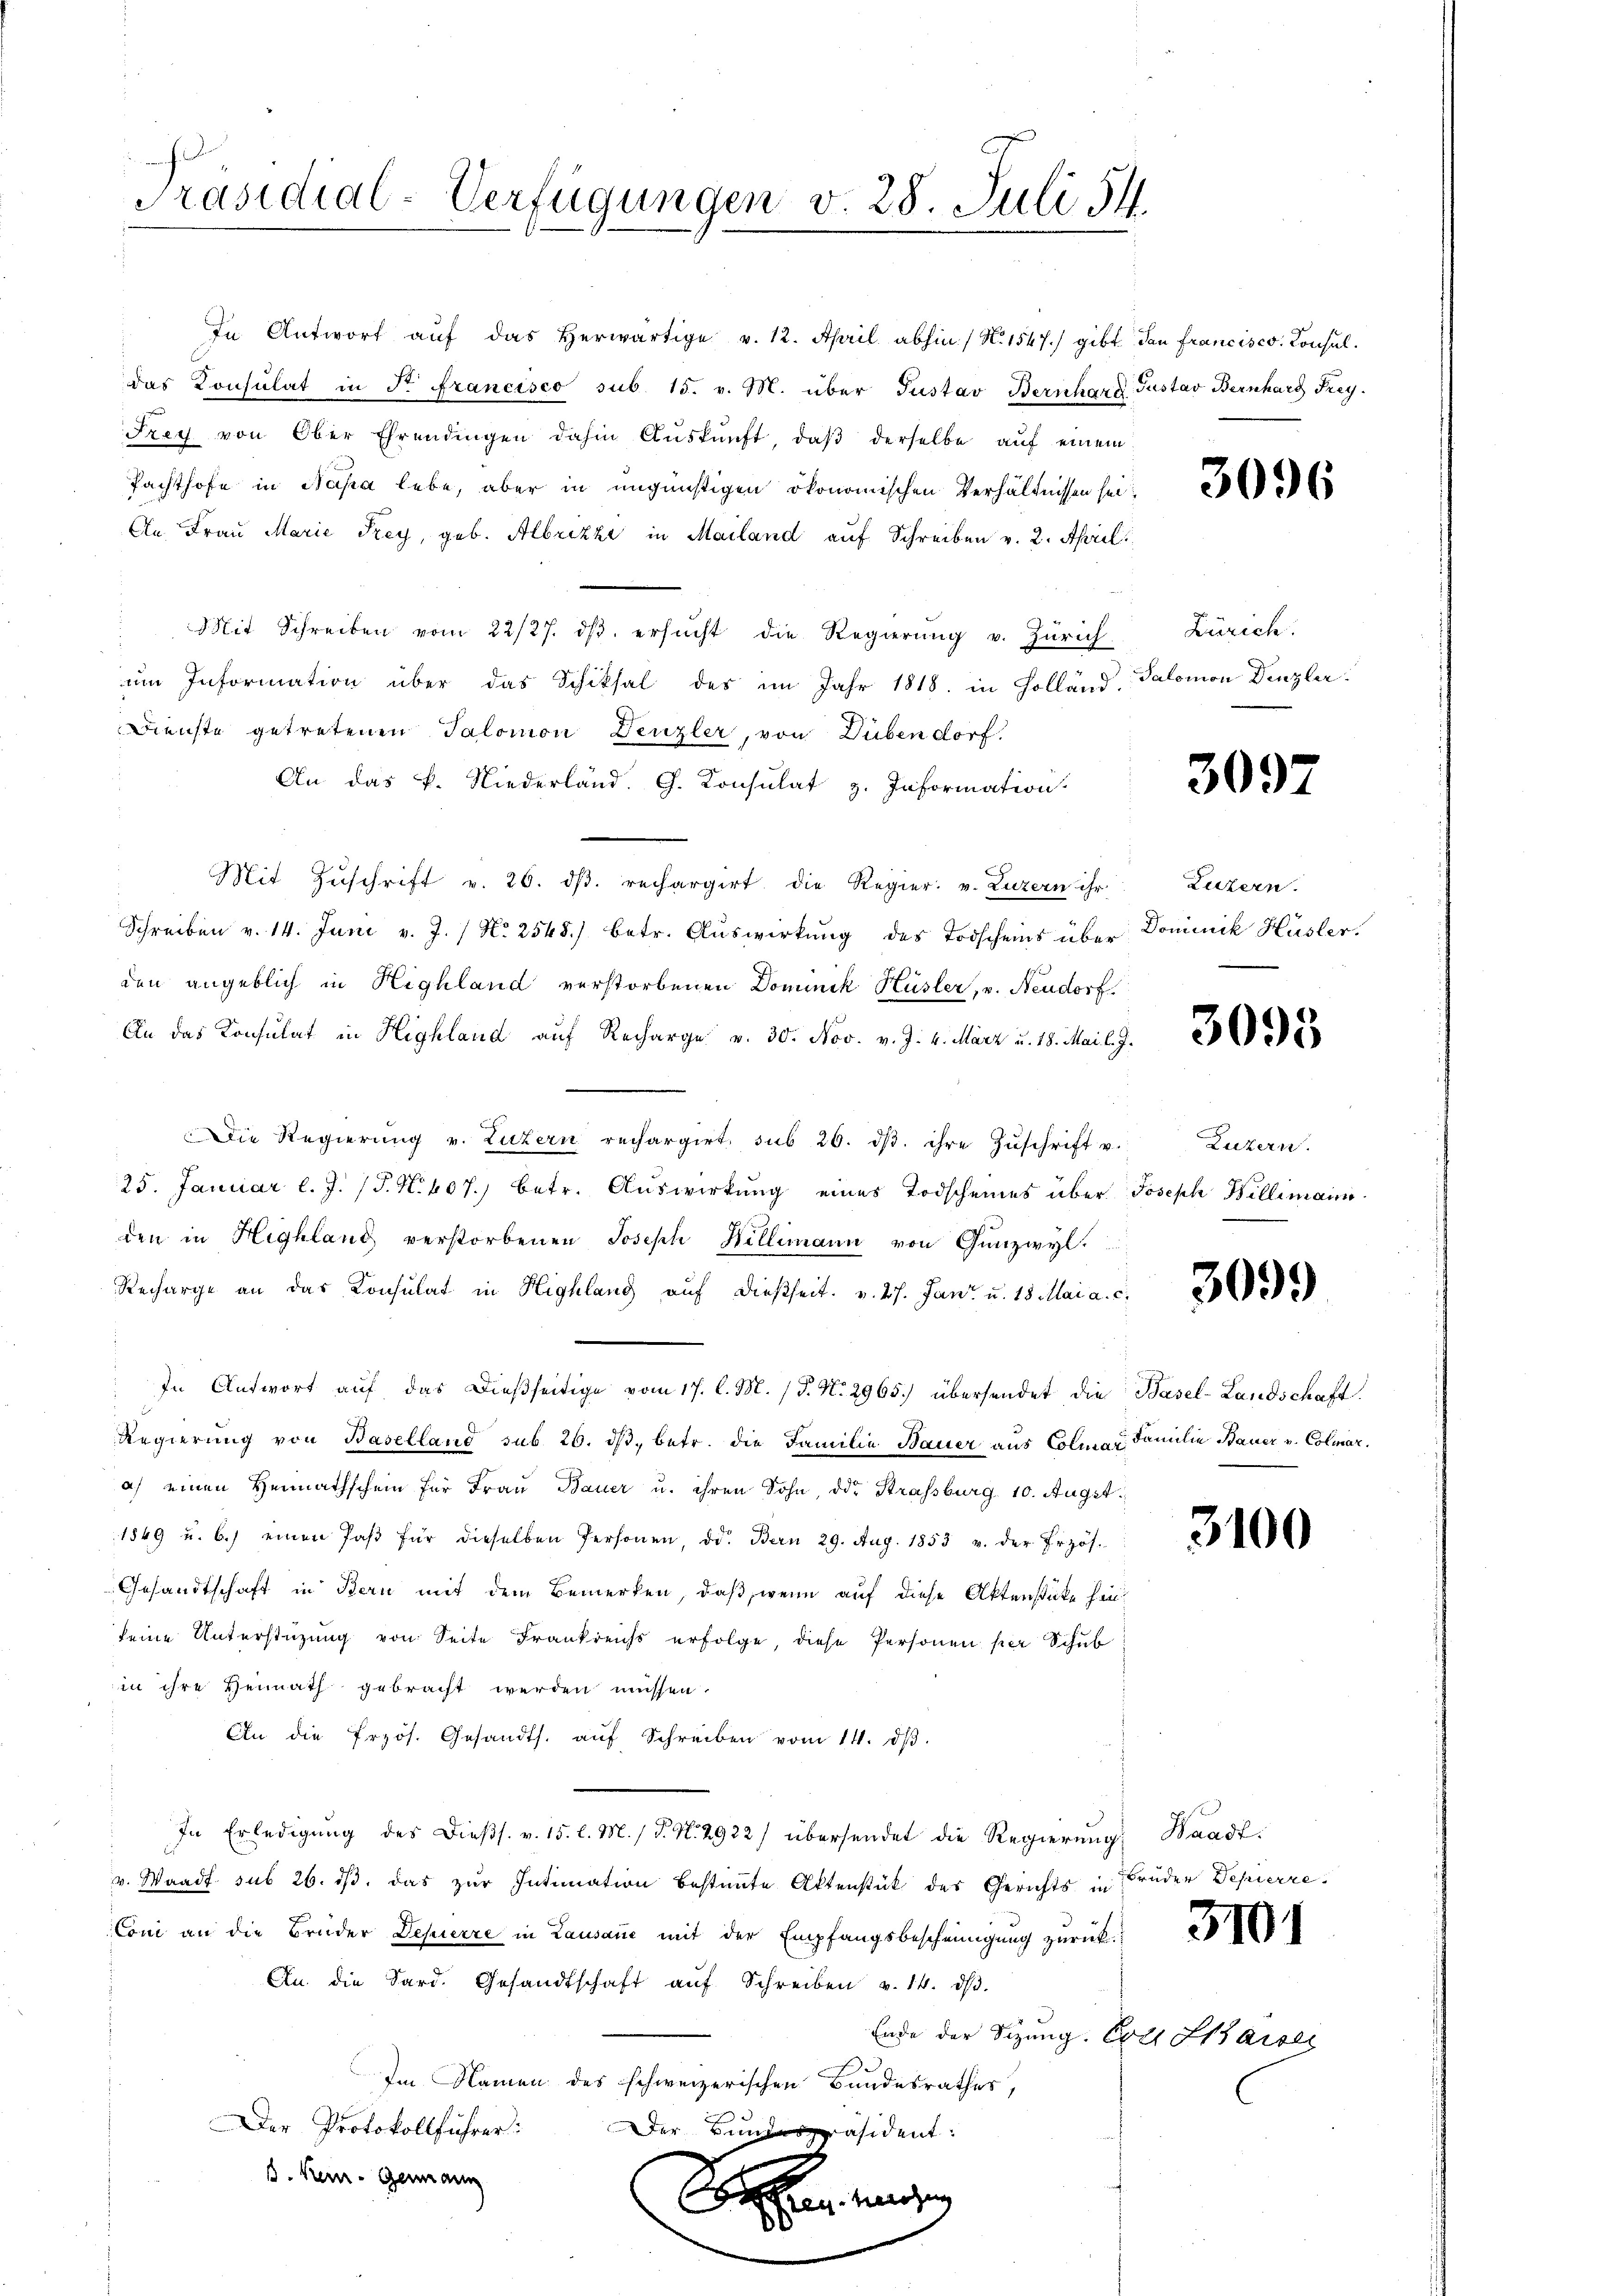
Präsidial-Verfügungen v. 28. Juli 54.

In Antwort auf das herwärtige v. 12. April abhin / N. 1547) gibt dan francisco Consuldas Konsulat in Fr. Francisco sub 15. v. M. über Justav Bernhard Gustav Bernhard Frey.
Frey von Ober Ehrendingen dahin Aŭskŭnft, daβ derselbe aŭf einem
Pachthofe in Napa lebe, aber in ungünstigen ökonomischen Verhältnissen sei
An Fraŭ Marie Frey, geb. Albrizzi in Mailand auf Schreiben v. 2. April
Mit Schreiben vom 22/27. dβ ersŭcht die Regierŭng v. Zürich. Zürich,
um Information über das Schiksal des im Jahr 1818. in Holländ. Salomon Denzler
Dienste getretenen Salomon Denzler, von Dübendorf.
An das k. Niederland. G. Konsulat z. Information.
Mit Zŭschrift v. 26. dβ. rechargirt die Regier. v. Luzern ihr
Schreiben v. 14. Juni v. J. / No 2545) betr. Auswirkung des Todscheins über Dominik Hüsler.
den angeblich in Highland verstorbenen Dominik Hüsler, v. Neudorf
An das Konsulat in Highland auf Recharge v. 30. Nov. v. J. 4. März u. 18. Mai l. J.
Die Regierŭng v. Luzern rechargirt, sub 26. dβ. ihre Zŭschrift u.
25. Januar l. J. J. N. 407. betr. Auswirkung eines Todscheines über Joseph Billimann
den in Highland verstorbenen Joseph Billimann von Gunzwyl
Recharge an das Konsulat in Highlang auf dießseit v. Js. Jan u. 18 Mai a. c.
In Antwort aŭf das dießseitige vom 17. l. M. (T. No. 2965.) übersendet die Basel-Landschaft
Regierung von Baselland sub 26. dβ, betr. die Familie Bauer aus Colmar Familie Bauer v. Colmara) einen Heimathschein für Frau Bauer u. ihren Sohn, die Strassburg 10. Augst
1849 u. b.) einen Paβ für dieselben Personen, d. Bern 29. Aug. 1853 u. der Erzös-
Gesandtschaft in Bern mit dem Bemerken, daß, wenn auf diese Aktenstücke hinkeine Unterstüzung von Seite Frankreichs erfolge, diese Personen per Schul
in ihre Hennath gebracht werden müssen.
An die frzös. Gesandts. aŭf Schreiben vom 14. dβ.
In Erledigung des Diess. v. 15. l. M. / P. N. 2922/ übersendet die Regierung, Waadtv. Waadt sub 26. ds. das zur Intimation bestimmte Aktenstück des Gerichts in Brüder Depierre
Coni an die Brüder Depierre in Lausane mit der Empfangsbescheinigung zurück.
An die Sard. Gesandtschaft aŭf Schreiben v. 14. dβ.
Ende der Sizung. Erst Kaiser
Im Namen des schweizerischen Bandesrathes,
Der Protokollführer:
Der Bundespräsident.
. Kern- Genann
Seren ange

3096

309

Luzern.

3095

Luzern.

3099

3100

3101